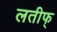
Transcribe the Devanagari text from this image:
लतीफ्